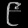
Digit: ၉